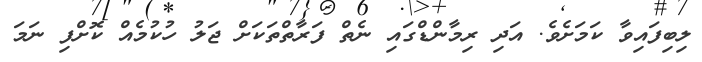
ލިބިފައިވާ ކަމަށެވެ. އަދި ރިމާންޑްގައި ނެތް ފަރާތްތަކަށް ޖަލު ހުކުމެއް ކޮށްފި ނަމަ